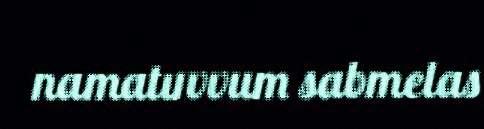
namatuvvum sabmelas